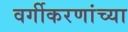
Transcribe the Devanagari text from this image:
वर्गीकरणांच्या